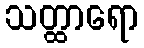
သတ္ထာရော